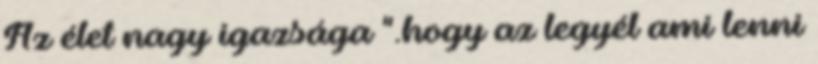
Az élet nagy igazsága ".hogy az legyél ami lenni